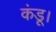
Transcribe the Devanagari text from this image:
कंडू।